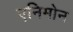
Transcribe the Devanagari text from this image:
एनिमोन